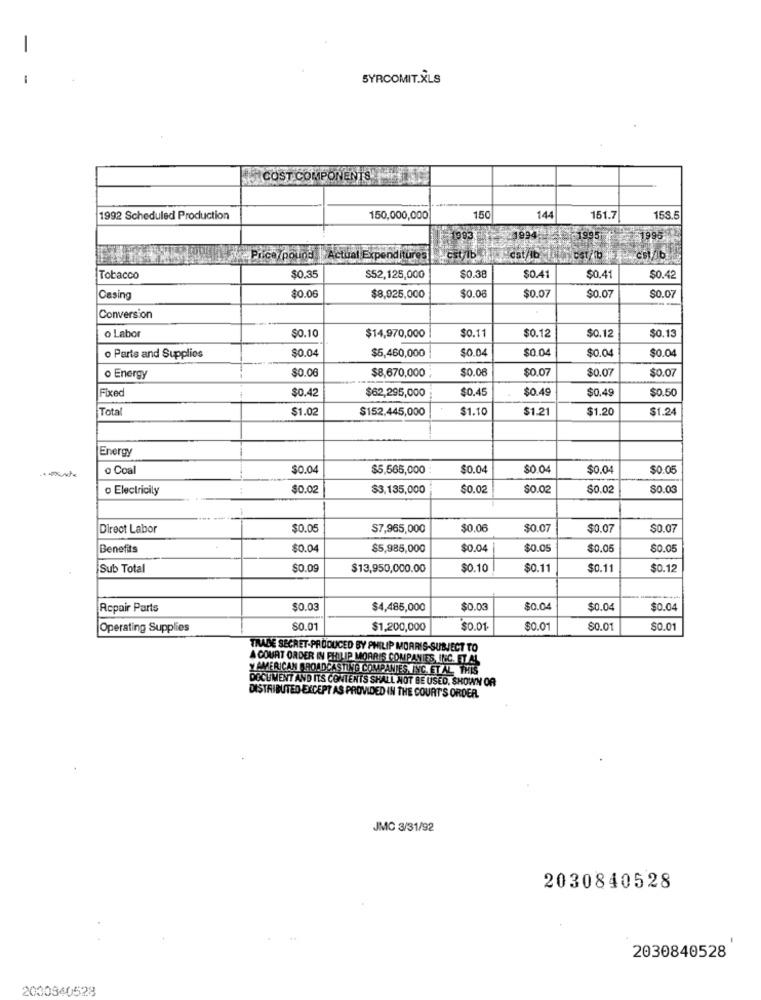
SYRCOMIT.XLS
COST COMPONENTS
1992 Scheduled Production
150,000,000
150
144
151.7
158.5
1994
1995
1995
Price/pound
Actual Expenditures
est/1b
Cat/lb
cst/lb
$0.35
Tobacco
$52,125,000
$0.38
$0.41
$0.41
$0.42
$0.06
$0.08
Casing
$8,925,000
$0.07
$0.07
$0.07
Conversion
o Labor
$0.10
$14,970,000
$0.11
$0.12
$0.12
$0.13
$0.04
$5,460,000
$0.04
$0.04
$0.04
$0.04
o Parts and Supplies
$0.06
$0.07
$0.07
$0.07
o Energy
$8,670,000 ;
Fixed
$0.42
$0.45
$0.49
$0.49
$0.50
$62,295,000
Tota
$1.02
$152.445,000
$1.10
$1.21
$1.20
$1.24
Energy
o Coal
$0.04
$5,565,000
$0.04
$0.04
$0.04
$0.05
o Electricily
:
$0.02
$3,135,000
$0.02
$0.02
$0.02
$0.03
-
Direct Labor
$0.05
$7,965,000
$0.06
$0.07
$0.07
$0.07
Benefits
$0.04
$5,985,000
$0.04
$0.05
$0.0
$0.05
Sub Total
$0.0g
$13,950,000.00
$0.10
$0.11
$0.11
$0.12
Repair Parts
$0.03
$4,485,000
$0.03
$0.04
$0.04
$0.04
Operating Supplies
$0.01
$1,200,000
$0.01
$0.0
$0.01
50.01
TRADE SECRET-PRODUCED BY PHILIP MORRIS-SUBJECT TO
A COURT ORDER IN PHILIP MORRIS COMPANIES, INC. ET.AL
Y AMERICAN BROADCASTING COMPANIES, INC. ET AL. THIS
DOCUMENT AND ITS CONTENTS SHALL NOT BE USED, SHOWN OR
DISTRIBUTED EXCEPT AS PROVIDED IN THE COURT'S ORDER.
JMC 3/31/92
2030840528
2030840528
2030840528